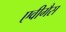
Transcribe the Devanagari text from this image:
एवीगैस